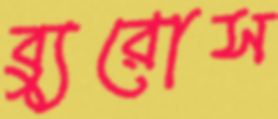
ব্যুরোস